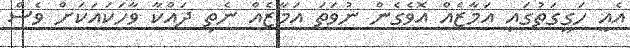
އެއީ ހަގީގަތުގައި އަމާޒެއް އޮވެގެން ނުވަތަ އަމާޒެއް ނެތި ދައްކާ ވާހަކައަކަށް ވެސް